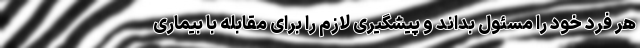
هر فرد خود را مسئول بداند و پیشگیری لازم را برای مقابله با بیماری